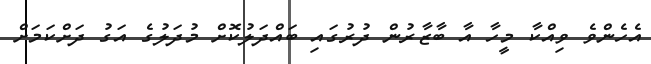
އެހެންވެ ވިއްކާ މީހާ އާ ބާޒާރުން ދުރުގައި ބައްދަލުކޮށް މުދަލުގެ އަގު ދަށްކަމަށް